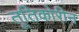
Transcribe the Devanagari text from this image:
तूतिकोरीन